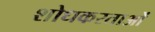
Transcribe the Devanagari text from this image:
शोधकरताओं